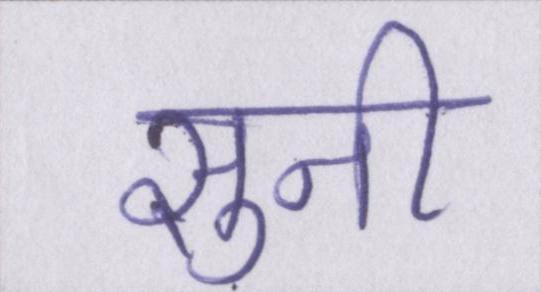
सुनी